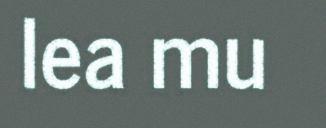
lea mu